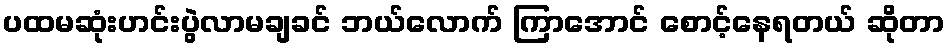
ပထမဆုံးဟင်းပွဲလာမချခင် ဘယ်လောက် ကြာအောင် စောင့်နေရတယ် ဆိုတာ